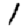
Digit: 1